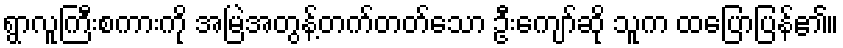
ရွာလူကြီးစကားကို အမြဲအတွန့်တက်တတ်သော ဦးကျော်ဆို သူက ထပြောပြန်၏။